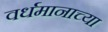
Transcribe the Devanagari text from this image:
वर्धमानाच्या